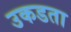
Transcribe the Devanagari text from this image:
उकडता